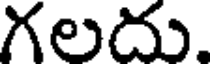
గలదు.